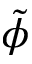
\tilde { \phi }